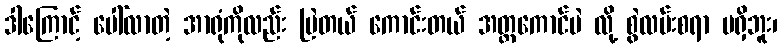
ဒါကြောင့် ပေါ်လာတဲ့ အာရုံကိုလည်း မြဲတယ် ကောင်းတယ် အတ္တကောင်ပဲ လို့ စွဲလမ်းစရာ မရှိဘူး၊